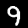
Label: 9